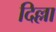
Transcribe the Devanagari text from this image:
दिल्ला